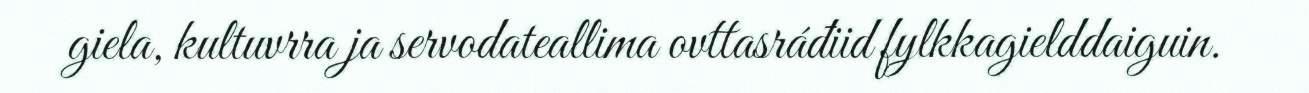
giela, kultuvrra ja servodateallima ovttasráđiid fylkkagielddaiguin.